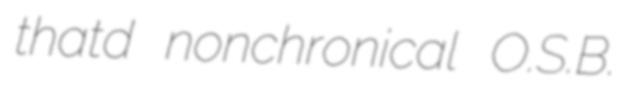
thatd nonchronical O.S.B.